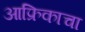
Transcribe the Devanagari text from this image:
आफ्रिकाचा